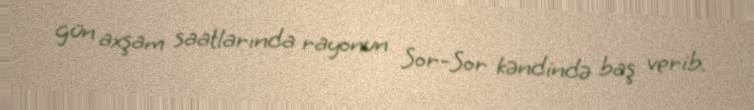
gün axşam saatlarında rayonun Sor-Sor kəndində baş verib.